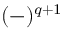
( - ) ^ { q + 1 }